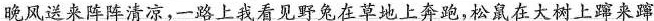
晚风送来阵阵清凉，-路上我看见野兔在草地上奔跑，松鼠在大树上蹿来蹿